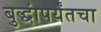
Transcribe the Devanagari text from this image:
बुद्धांपर्यंतचा